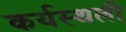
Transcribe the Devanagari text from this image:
कर्यस्थली